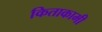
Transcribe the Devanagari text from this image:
किताकामी